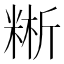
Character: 𥺚